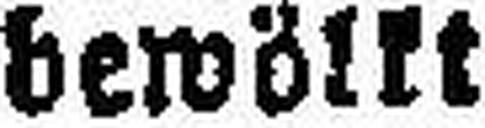
bewölkt